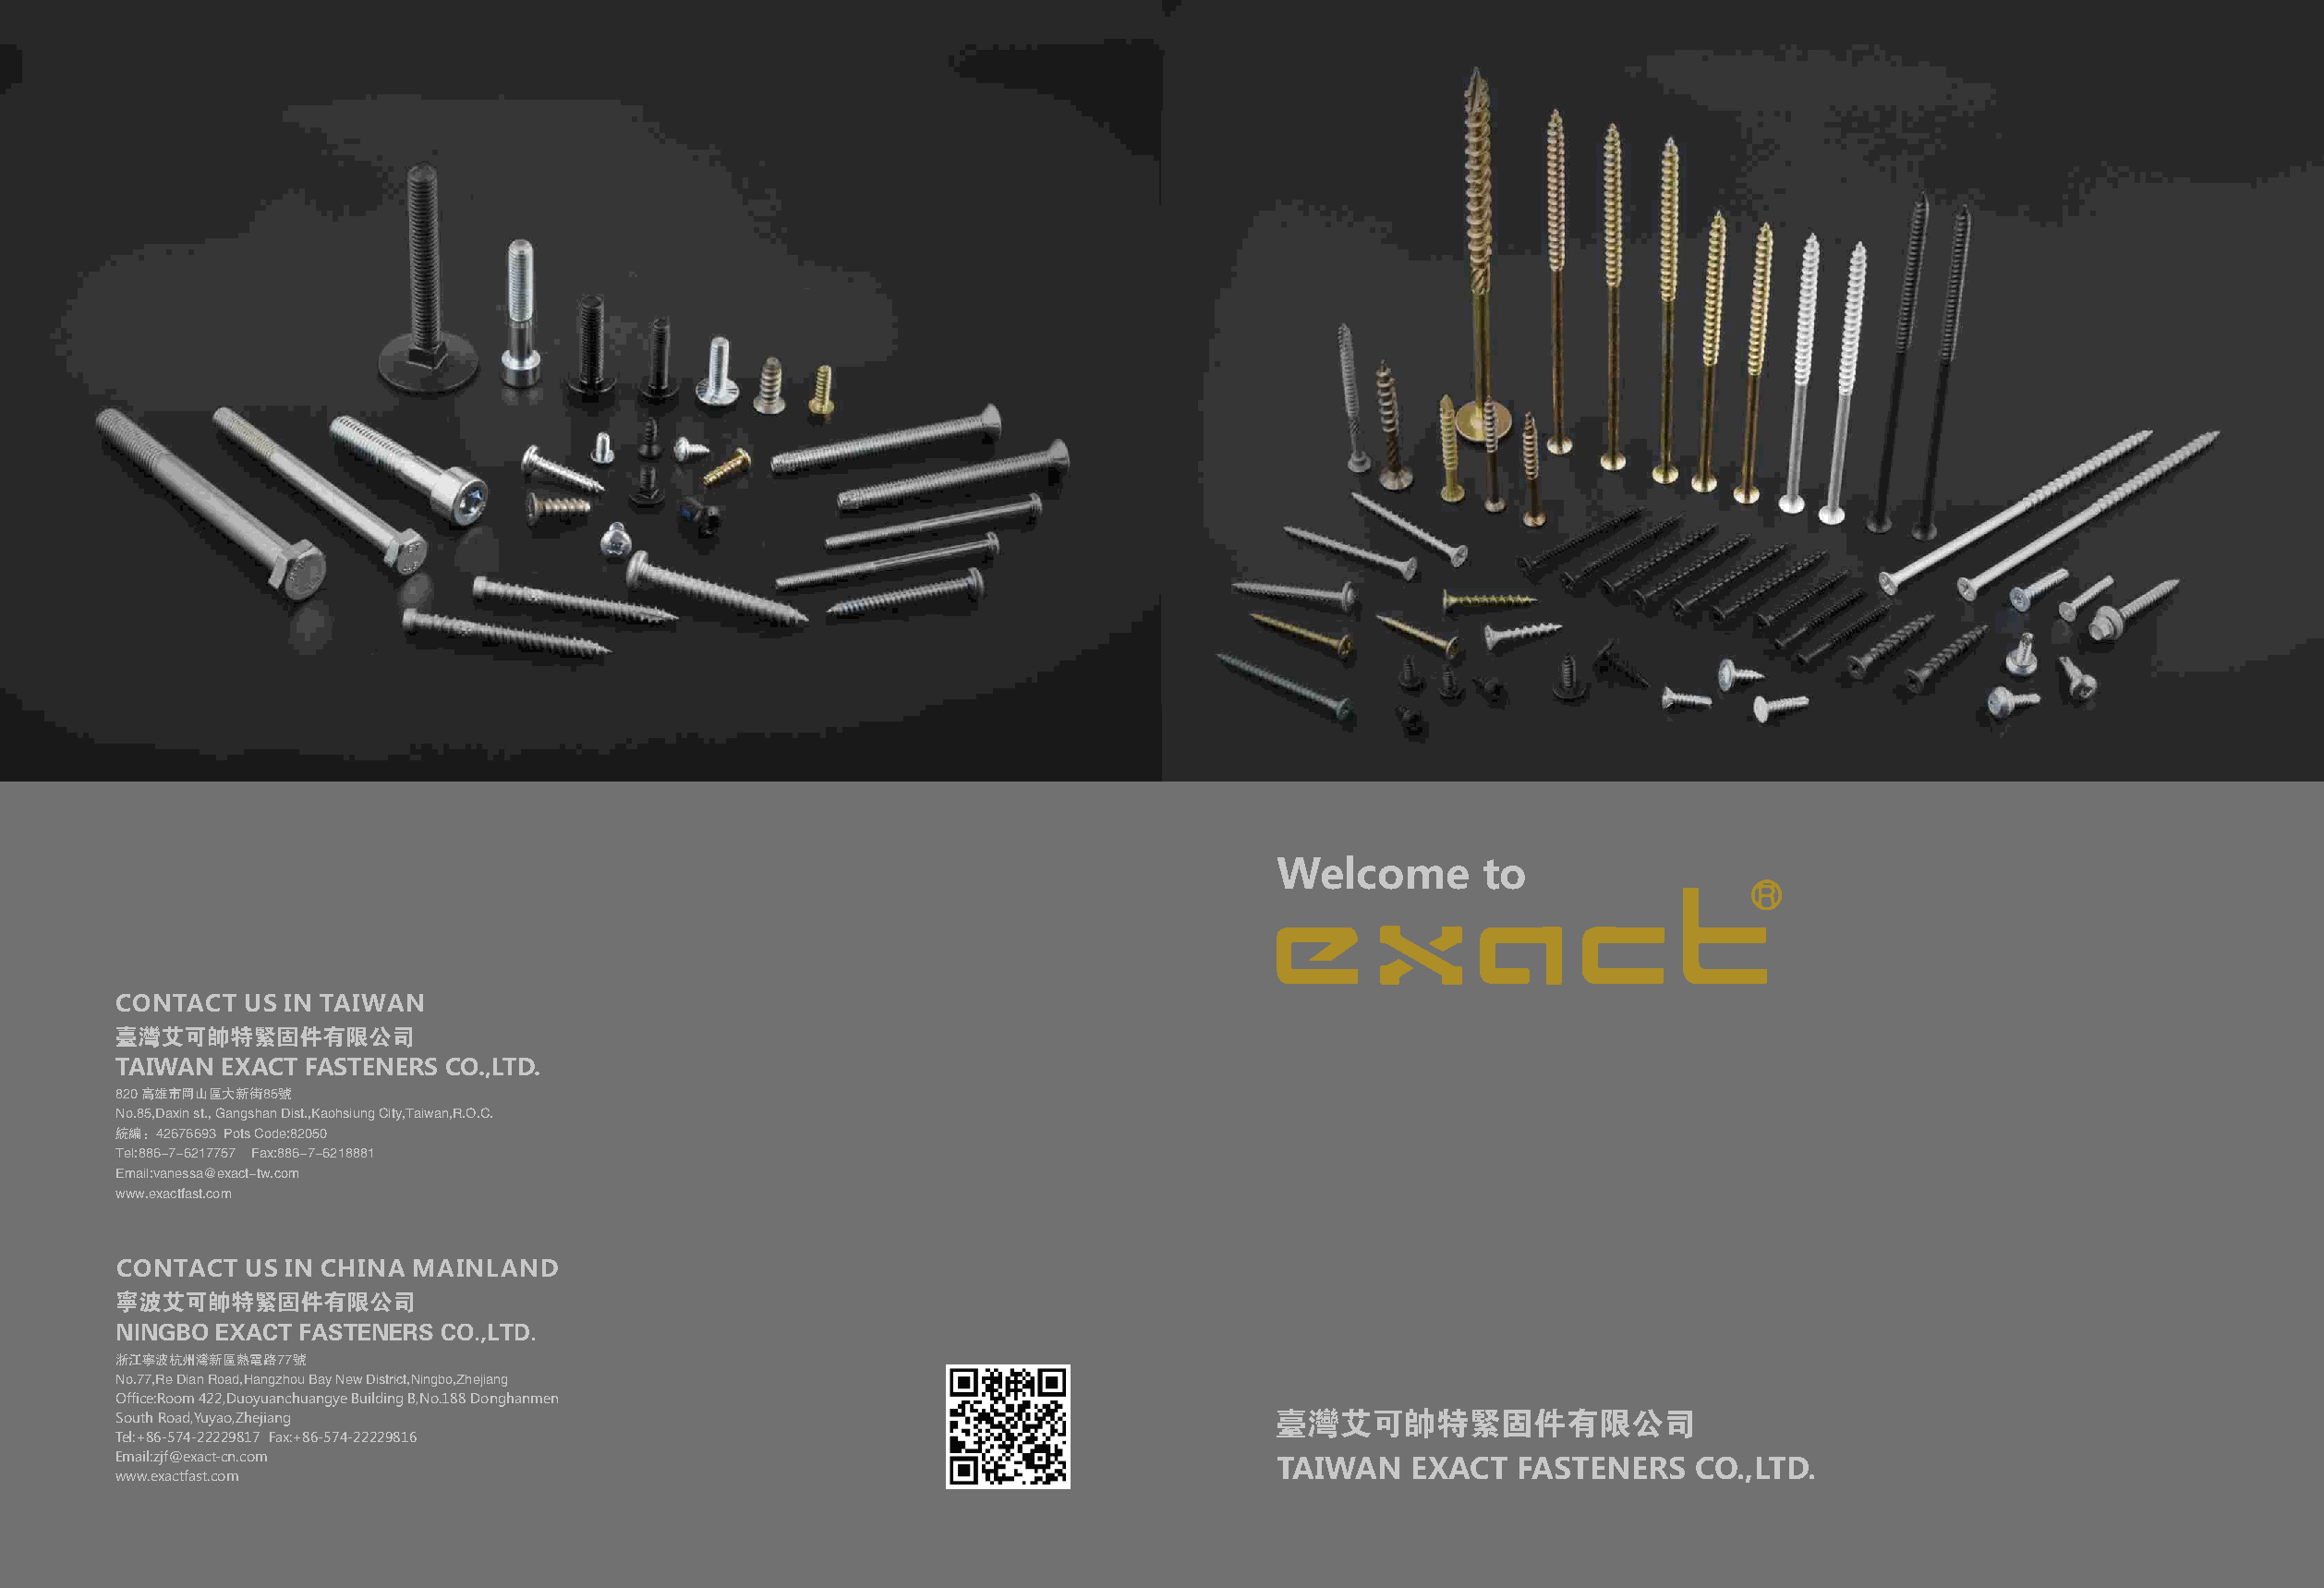
Welcome        to
 CONTACT  US IN TAIWAN
 台湾艾可帅特紧固件有限公司
 TAIWAN  EXACT FASTENERS CO.,LTD.
 820 高雄市冈山区大新街85号
 No.85,Daxin st., Gangshan Dist.,Kaohsiung City,Taiwan,R.O.C.
 统编：42676693 Pots Code:82050
 Tel:886-7-6217757 Fax:886-7-6218881
 Email:vanessa@exact-tw.com
 www.exactfast.com
 CONTACT   US IN CHINA MAINLAND
 宁波艾可帅特紧固件有限公司
 NINGBO EXACT FASTENERS  CO.,LTD.
 浙江宁波杭州湾新区热电路77号
 No.77,Re Dian Road,Hangzhou Bay New District,Ningbo,Zhejiang
 Office:Room 422,Duoyuanchuangye Building B,No.188 Donghanmen
 South Road,Yuyao,Zhejiang                                                          台湾艾可帅特紧固件有限公司
 Tel:+86-574-22229817 Fax:+86-574-22229816
 Email:zjf@exact-cn.com                                                             TAIWAN    EXACT   FASTENERS   CO.,LTD.
 www.exactfast.com